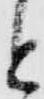
と